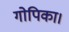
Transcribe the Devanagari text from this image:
गोपिका।